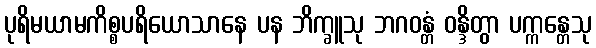
ပုရိမယာမကိစ္စပရိယောသာနေ ပန ဘိက္ခူသု ဘဂဝန္တံ ဝန္ဒိတွာ ပက္ကန္တေသု